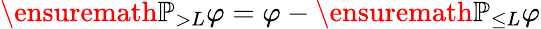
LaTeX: \ensuremath{\mathbb{P}}_{>L}\varphi=\varphi-\ensuremath{\mathbb{P}}_{\leq L}\varphi